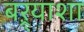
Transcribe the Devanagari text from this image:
बऱ्र्‍याशा